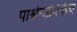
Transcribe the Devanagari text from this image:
पार्श्वगायिकेचे